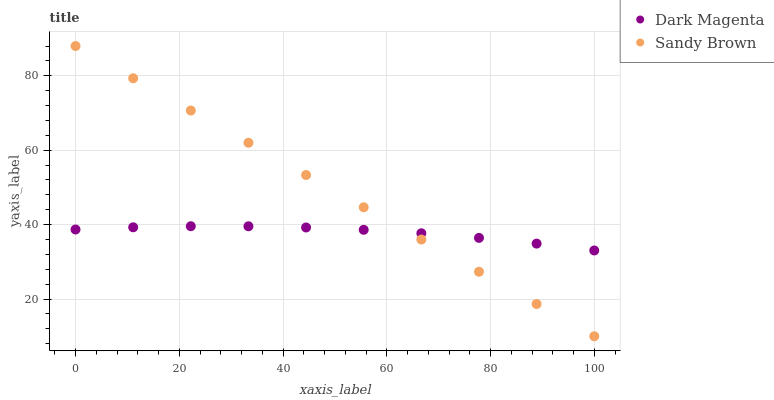
| xaxis_label | Dark Magenta | Sandy Brown |
 | --- | --- | --- |
 | 0 | 38.7 | 88 |
 | 11.1 | 39.3 | 79.3 |
 | 22.2 | 39.6 | 70.7 |
 | 33.3 | 39.6 | 62 |
 | 44.4 | 39.2 | 53.3 |
 | 55.6 | 38.6 | 44.7 |
 | 66.7 | 37.7 | 36 |
 | 77.8 | 36.4 | 27.3 |
 | 88.9 | 34.9 | 18.7 |
 | 100 | 33.1 | 10 |